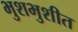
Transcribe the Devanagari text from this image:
भुशभुशीत